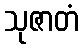
သုဇာတံ